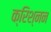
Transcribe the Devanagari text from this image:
क्रिश्नन